Vaccine operations Central Provinces & Berar 1912-1920 - 1912-1920
Year: 1912
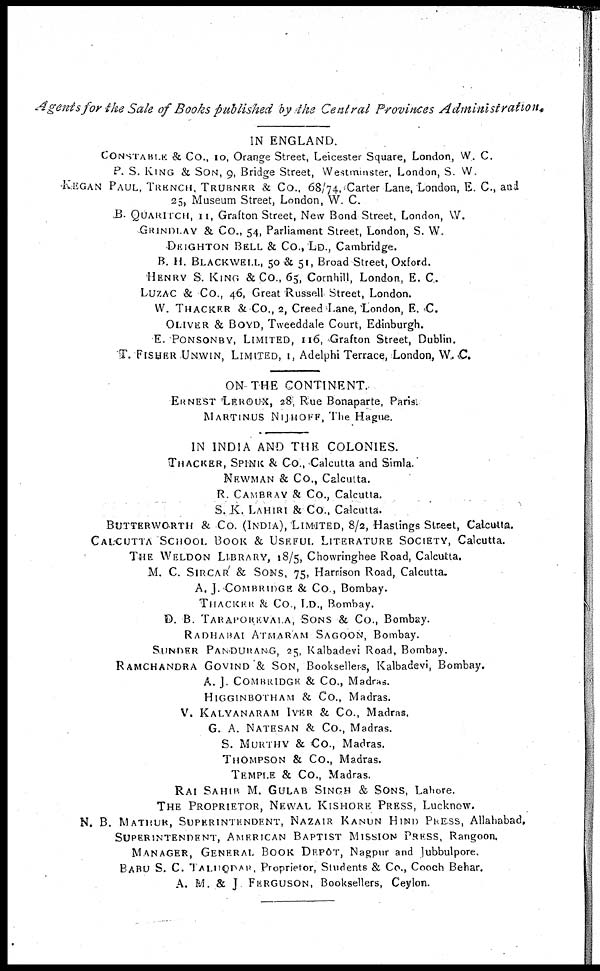
Agents for the Sale of Books published by the Central Provinces
Administration.
IN ENGLAND.
CONSTABLE & Co., 10, Orange Street, Leicester Square, London, W. C.
P. S. KING & SON, 9, Bridge Street, Westminster, London, S. W.
KEGAN PAUL, TRENCH, TRUBNER & Co., 68/74, Carter Lane, London, E. C., and
25, Museum Street, London, W. C.
B. QUARITCH, 11, Grafton Street, New Bond Street, London, W.
GRINDLAY & Co., 54, Parliament Street, London, S. W.
DEIGHTON BELL & Co., LD., Cambridge.
B. H. BLACKWELL, 50 & 51, Broad Street, Oxford.
HENRY S. KING & Co., 65, Cornhill, London, E. C.
LUZAC & Co., 46, Great Russell Street, London.
W. THACKER & Co., 2, Creed Lane, London, E. C.
OLIVER & BOYD, Tweeddale Court, Edinburgh.
E. PONSONBY, LIMITED, 116, Grafton Street, Dublin.
T. FISHER UNWIN, LIMITED, 1, Adelphi Terrace, London, W. C.
ON THE CONTINENT.
ERNEST LEROUX, 28, Rue Bonaparte, Paris.
MARTINUS NIJHOFF, The Hague.
IN INDIA AND THE COLONIES.
THACKER, SPINK & Co., Calcutta and Simla.
NEWMAN & Co., Calcutta.
R. CAMBRAY & Co., Calcutta.
S. K. LAHIRI & Co., Calcutta.
BUTTERWORTH & Co. (INDIA), LIMITED, 8/2, Hastings Street, Calcutta.
CALCUTTA SCHOOL BOOK & USEFUL LITERATURE SOCIETY, Calcutta.
THE WELDON LIBRARY, 18/5, Chowringhee Road, Calcutta.
M. C. SIRCAR & SONS, 75, Harrison Road, Calcutta.
A. J. COMBRIDGE & Co., Bombay.
THACKER & CO., LD., Bombay.
D. B. TARAPOREVALA, SONS & Co., Bombay.
RADHABAI ATMARAM SAGOON, Bombay.
SUNDER PANDURANG, 25, Kalbadevi Road, Bombay.
RAMCHANDRA GOVIND & SON, Booksellers, Kalbadevi, Bombay.
A. J. COMBRIDGE & Co., Madras.
HIGGINBOTHAM & Co., Madras.
V. KALYANARAM IYER & Co., Madras.
G. A. NATESAN & Co., Madras.
S. MURTHY & Co., Madras.
THOMPSON & Co., Madras.
TEMPLE & Co., Madras.
RAI SAHIB M. GULAB SINGH & SONS, Lahore.
THE PROPRIETOR, NEWAL KISHORE PRESS, Lucknow.
N. B. MATHUR, SUPERINTENDENT, NAZAIR KANUN HIND PRESS, Allahabad,
SUPERINTENDENT, AMERICAN BAPTIST MISSION PRESS, Rangoon.
MANAGER, GENERAL BOOK DEPÔT, Nagpur and Jubbulpore.
BABU S. C. TALUQDAR, Proprietor, Students & Co., Cooch Behar.
A. M. & J FERGUSON, Booksellers, Ceylon.